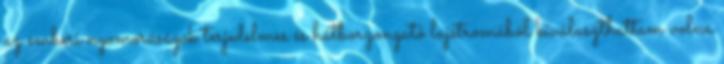
az emberi nyomorúságok terjedelmes és hátborzongató lajstromából kiválaszthattam volna